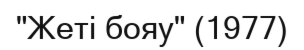
"Жеті бояу" (1977)